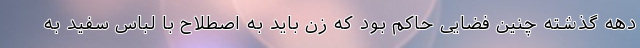
دهه گذشته چنین فضایی حاکم بود که زن باید به اصطلاح با لباس سفید به